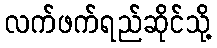
လက်ဖက်ရည်ဆိုင်သို့